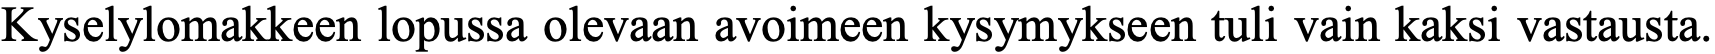
Kyselylomakkeen lopussa olevaan avoimeen kysymykseen tuli vain kaksi vastausta.